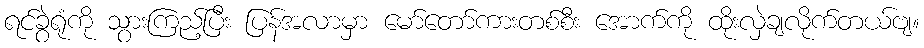
ရင်ခွဲရုံကို သွားကြည့်ပြီး ပြန်အလာမှာ မော်တော်ကားတစ်စီး အောက်ကို ထိုးလှဲချလိုက်တယ်ဗျ။